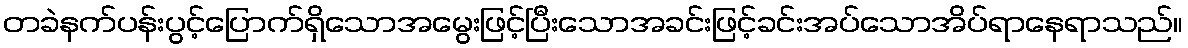
တခဲနက်ပန်းပွင့်ပြောက်ရှိသောအမွေးဖြင့်ပြီးသောအခင်းဖြင့်ခင်းအပ်သောအိပ်ရာနေရာသည်။